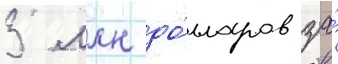
3 млн до́лларов за́